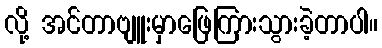
လို့ အင်တာဗျူးမှာဖြေကြားသွားခဲ့တာပါ။